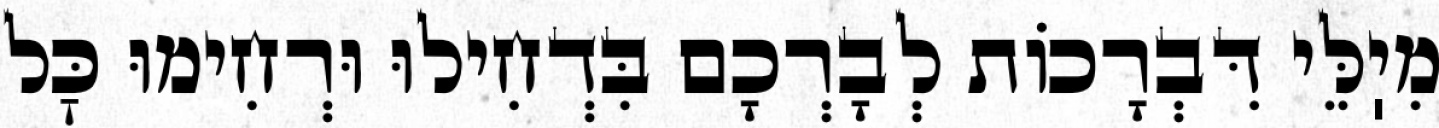
מִיֽלֵּי דִּבְרָכוֹת לְבָרְכָם בִּדְחִילוּ וּרְחִימוּ כׇּל